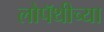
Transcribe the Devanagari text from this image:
लोपॅथीच्या